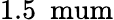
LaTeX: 1.5~\mathrm{\ mum}